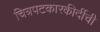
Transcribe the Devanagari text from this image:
चित्रपटकारकीर्दीची